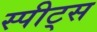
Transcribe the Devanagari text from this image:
स्पीट्स